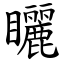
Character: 矖